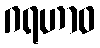
ဂရဟာဝ